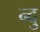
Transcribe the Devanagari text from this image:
न्दु